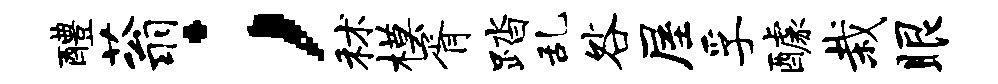
醴蓊；秫模胥踏乱咎屋孚醵栽眼